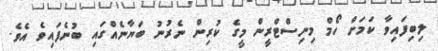
ލިބިފައިވާ ކަމަށް ހޯމް މިނިސްޓްރީން މީގެ ކުރިން ނެރުނު ބަޔާނެއްގައި ބުނެފައިވެ އެވެ.